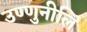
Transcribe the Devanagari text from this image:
उण्णुनीलि